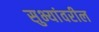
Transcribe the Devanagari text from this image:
सुभ्यांवरील